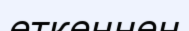
еткеннен